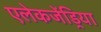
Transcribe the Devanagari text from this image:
एलेकजेंड्रिया